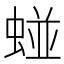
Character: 䗒